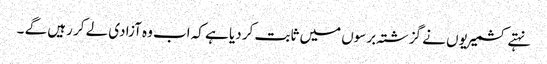
نہتے کشمیریوں نے گزشتہ برسوں میں ثابت کر دیا ہے کہ اب وہ آزادی لے کر رہیں گے ۔